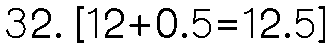
32. [12+0.5=12.5]